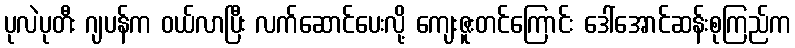
ပုလဲပုတီး ဂျပန်က ဝယ်လာပြီး လက်ဆောင်ပေးလို့ ကျေးဇူးတင်ကြောင်း ဒေါ်အောင်ဆန်းစုကြည်က